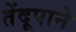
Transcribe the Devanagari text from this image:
तेंदूपाने